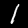
Label: 1